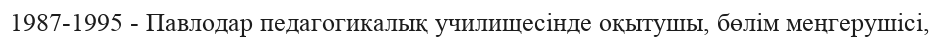
1987-1995 - Павлодар педагогикалық училищесінде оқытушы, бөлім меңгерушісі,